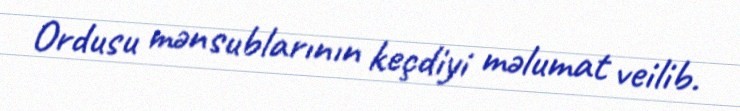
Ordusu mənsublarının keçdiyi məlumat veilib.